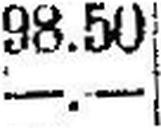
—.—